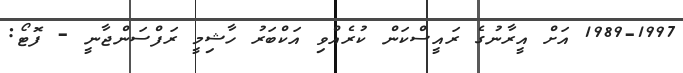
1989-1997 އަށް އީރާނުގެ ރައީސްކަން ކުރެއްވި އަކްބަރު ހާޝިމީ ރަފްސަންޖާނީ - ފޮޓޯ: